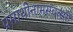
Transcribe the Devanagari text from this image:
प्रमाथीनामसंवत्सरीं